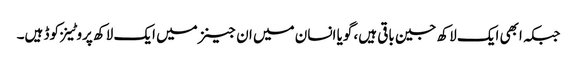
جبکہ ابھی ایک لاکھ جین باقی ہیں، گویا انسان میں ان جینز میں ایک لاکھ پروٹینز کوڈ ہیں۔